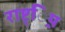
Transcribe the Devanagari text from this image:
राष्ट््रिय